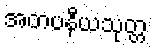
အတပနီယသုတ္တ